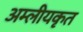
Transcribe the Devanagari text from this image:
अम्लीयकृत